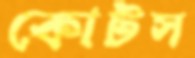
কোটস